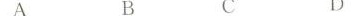
A B C D